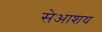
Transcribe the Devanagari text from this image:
सेआशय